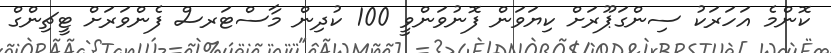
ކޮންމެ އަހަރަކު ސިންގަޕޫރަށް ކިޔަވަން ފޮނުވަންވީ 100 ކުދިން މާސްޓަރސް ފެންވަރަށް ޓީޗިންގް